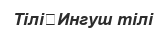
Тілі	Ингуш тілі